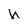
Character: U